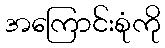
အကြောင်းစုံကို